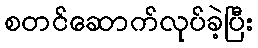
စတင်ဆောက်လုပ်ခဲ့ပြီး